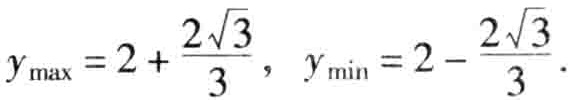
$y_{\max }=2+\frac{2\sqrt{3}}{3},\ y_{\min }=2-\frac{2\sqrt{3}}{3}.$